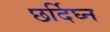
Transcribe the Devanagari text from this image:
छर्दिघ्न